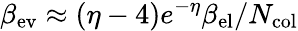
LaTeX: \beta_{\mathrm{ev}}\approx(\eta-4)e^{-\eta}\beta_{\mathrm{el}}/N_{\mathrm{col}}